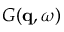
G ( \mathbf { q } , \omega )